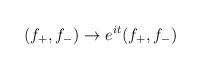
LaTeX: \begin{align*}( f_+, f_- ) \to e^{it} ( f_+, f_- ) \end{align*}